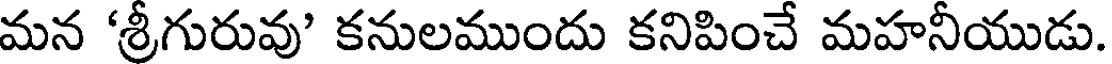
మన 'శ్రీగురువు' కనులముందు కనిపించే మహనీయుడు